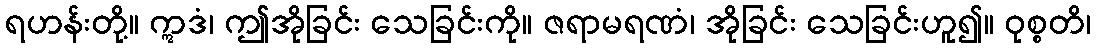
ရဟန်းတို့။ ဣဒံ၊ ဤအိုခြင်း သေခြင်းကို။ ဇရာမရဏံ၊ အိုခြင်း သေခြင်းဟူ၍။ ဝုစ္စတိ၊